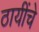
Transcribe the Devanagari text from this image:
ठायींचे